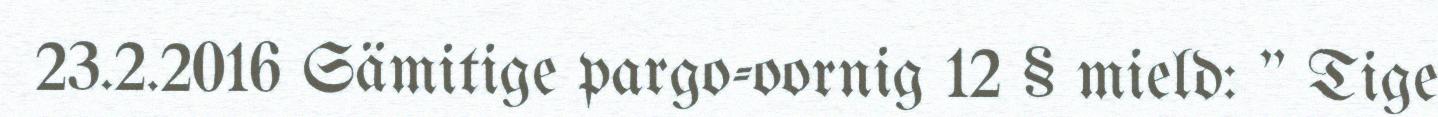
23.2.2016 Sämitige pargo-oornig 12 § mield: " Tige